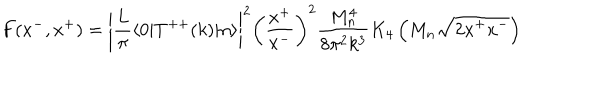
LaTeX: F ( x ^ { - } , x ^ { + } ) = \left| { \frac { L } { \pi } } \langle 0 | T ^ { + + } ( k ) | n \rangle \right| ^ { 2 } \left( { \frac { x ^ { + } } { x ^ { - } } } \right) ^ { 2 } { \frac { M _ { n } ^ { 4 } } { 8 \pi ^ { 2 } k ^ { 3 } } } K _ { 4 } \left( M _ { n } \sqrt { 2 x ^ { + } x ^ { - } } \right)